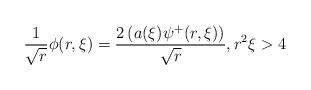
LaTeX: \begin{align*} \frac{1}{\sqrt{r}}\phi(r,\xi) = \frac{2 \left(a(\xi) \psi^{+}(r,\xi)\right)}{\sqrt{r}}, r^{2} \xi > 4\end{align*}